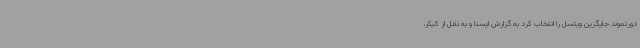
دورتموند جایگزین ویتسل را انتخاب کرد به گزارش ایسنا و به نقل از کیکر،